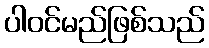
ပါဝင်မည်ဖြစ်သည်